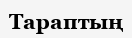
Тараптың